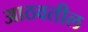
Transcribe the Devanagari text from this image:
आठवतील